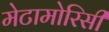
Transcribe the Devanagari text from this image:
मेटामोरिसी